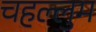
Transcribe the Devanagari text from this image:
चहल्लुम